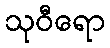
သုဝီရော